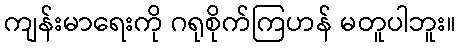
ကျန်းမာရေးကို ဂရုစိုက်ကြဟန် မတူပါဘူး။